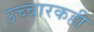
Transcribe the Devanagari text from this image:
उच्चारकही